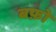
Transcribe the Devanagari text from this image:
बफ़ो